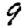
Digit: 9